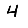
Digit: 4